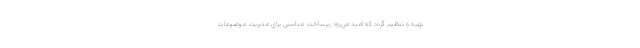
تهيه و تنظيم گردد كه اميد مي‌رود زيرساخت مناسبي براي مديريت موضوعات